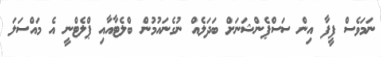
ނަމަވެސް ފީފާ އިން ސަސްޕެންޝަނަށް ބަދަލެއް ނުގެނައުމުން ބްލެޓާއާއި ޕްލެޓްނީ އެ މައްސަލަ